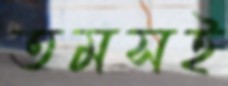
তমসই